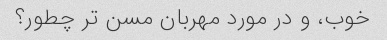
خوب، و در مورد مهربان مسن تر چطور؟